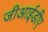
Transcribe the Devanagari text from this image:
जीआईडीए